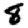
Digit: 8